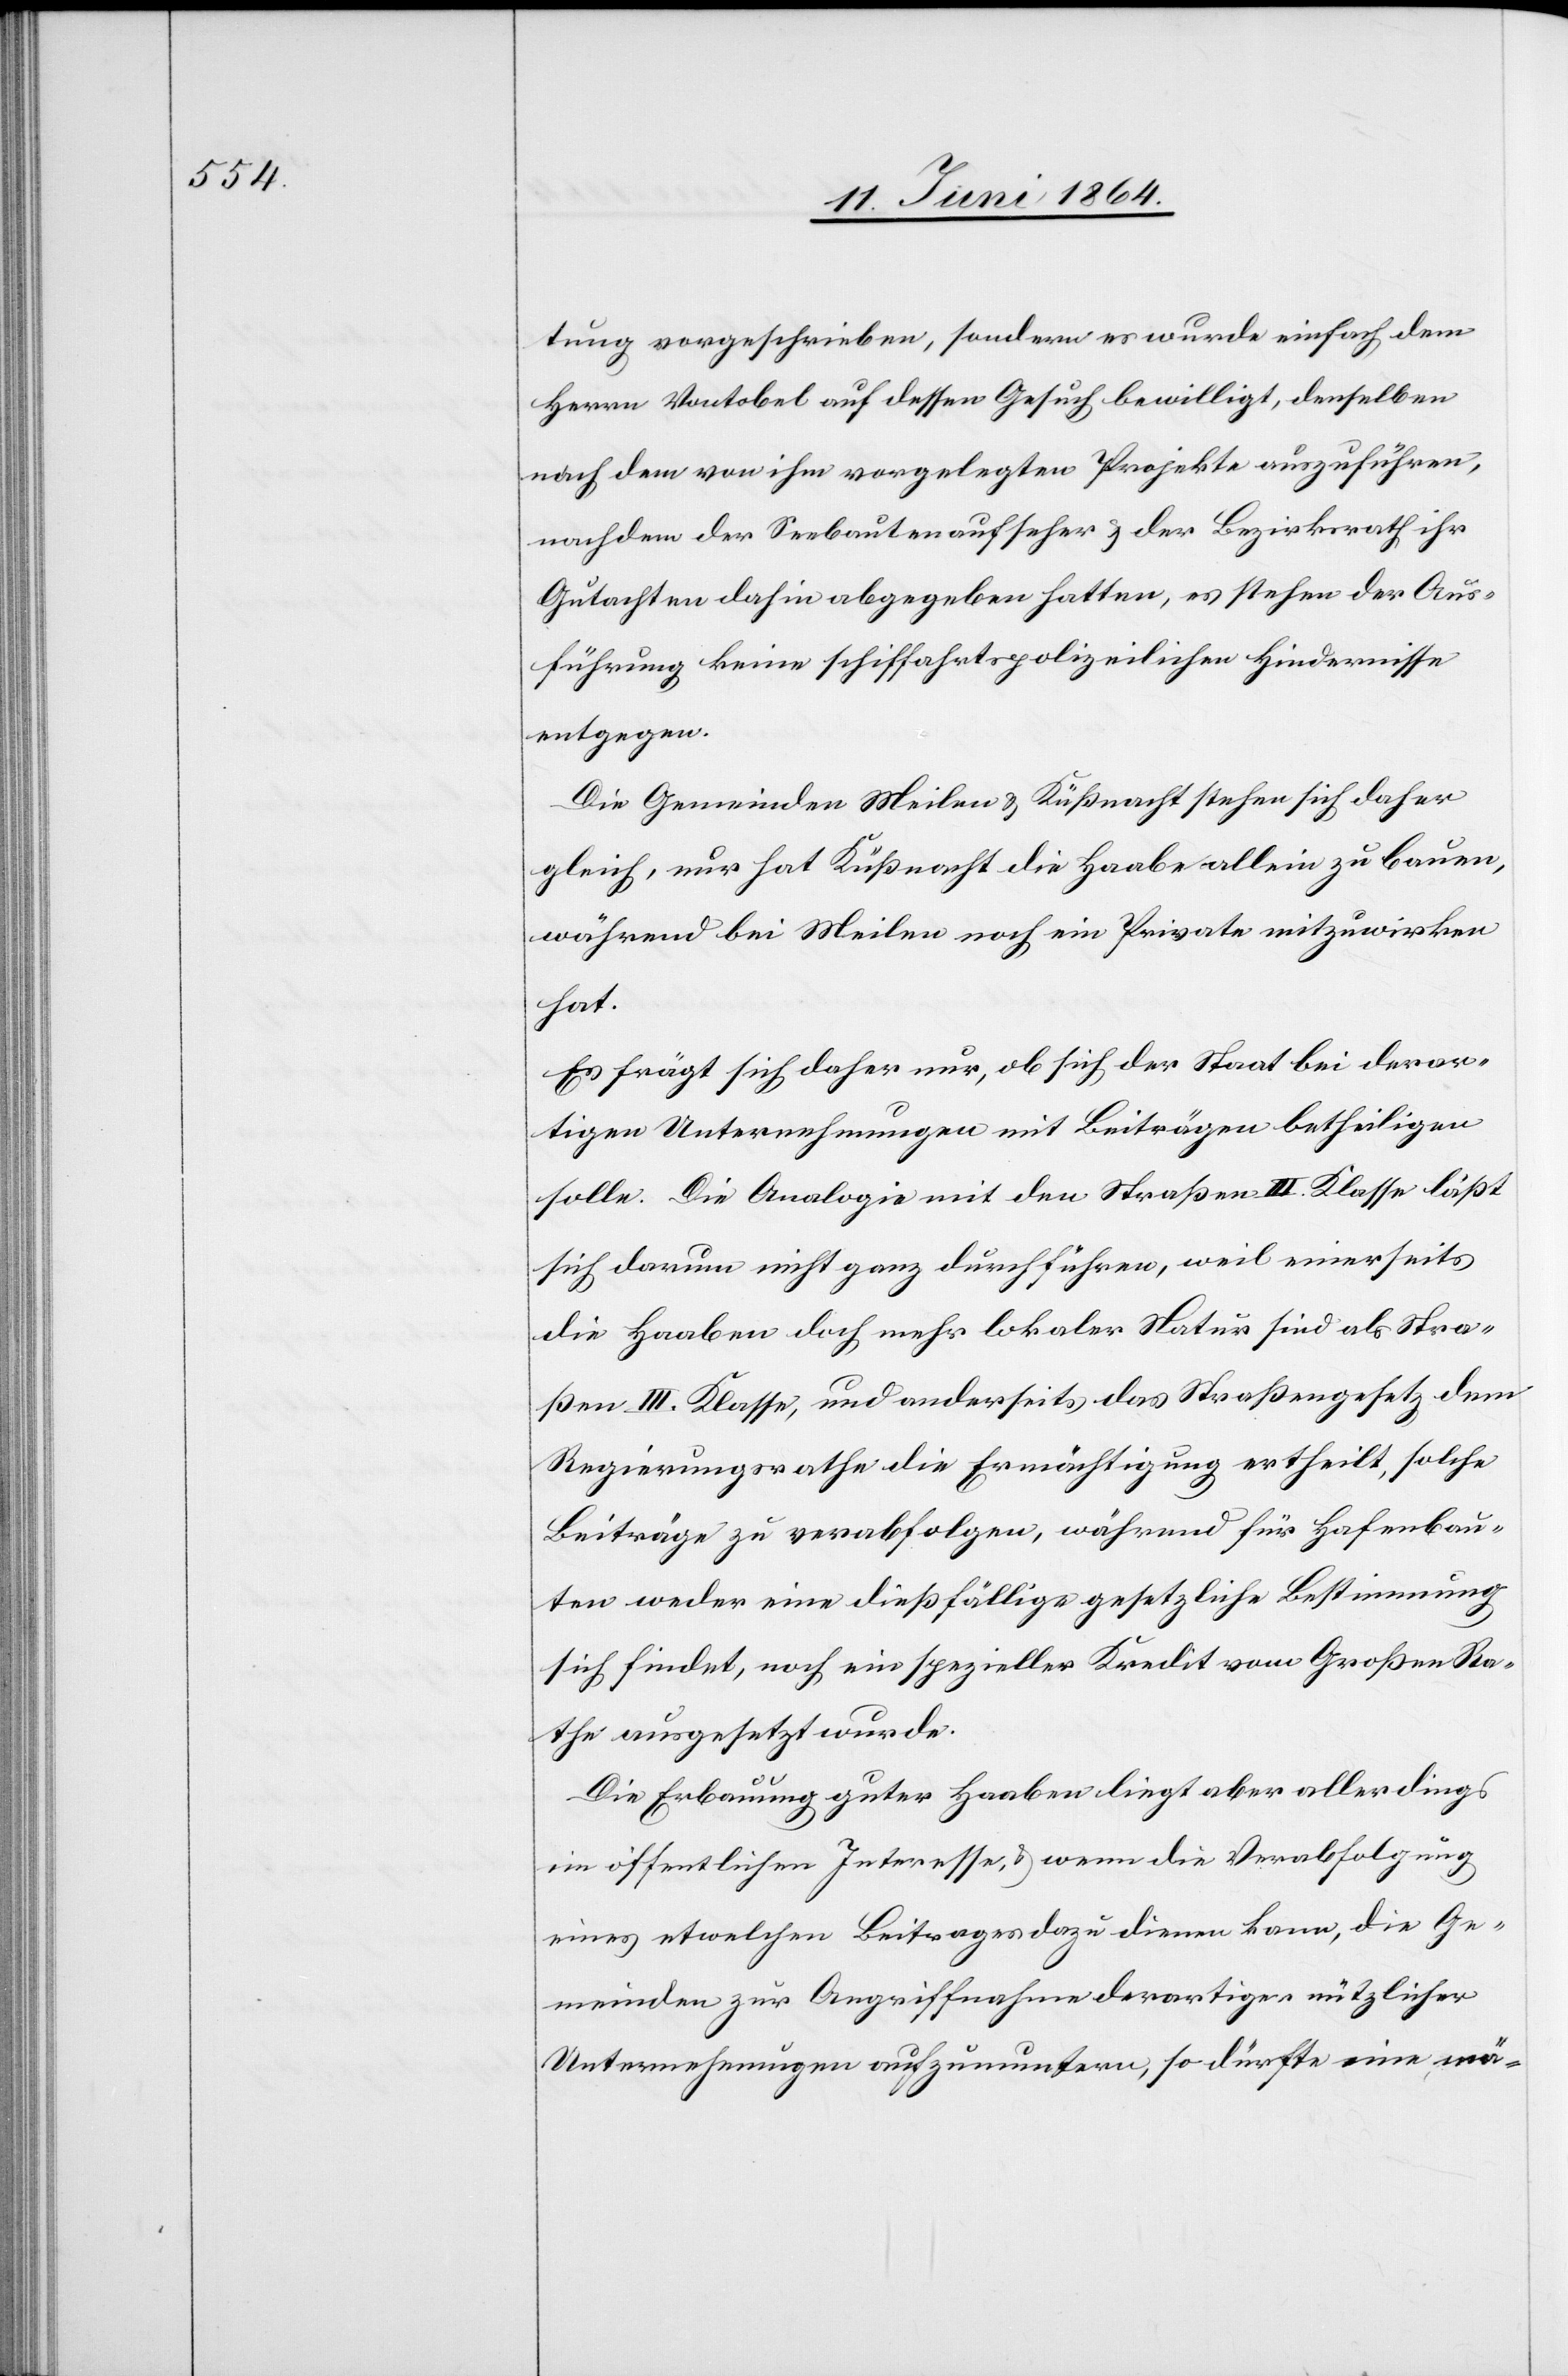
tung vorgeschrieben, sondern es wurde einfach dem
Herrn Vontobel auf dessen Gesuch bewilligt, denselben
nach dem von ihm vorgelegten Projekte auszuführen,
nachdem der Seebautenaufseher u. der Bezirksrath ihr
Gutachten dahin abgegeben hatten, es stehen der Aus¬
führung keine schiffahrtspolizeilichen Hindernisse
entgegen.
Die Gemeinden Meilen u. Küßnacht stehen sich daher
gleich, nur hat Küßnacht die Haabe allein zu bauen,
während bei Meilen noch ein Private [sic!] mitzuwirken
hat.
Es frägt sich daher nur, ob sich der Staat bei derar¬
tigen Unternehmungen mit Beiträgen betheiligen
solle. Die Analogie mit den Straßen III. Klasse laße
sich darum nicht ganz durchführen, weil einerseits
die Haaben doch mehr lokaler Natur sind als Stra¬
ßen III. Klasse, und anderseits das Straßengesetz dem
Regierungsrathe die Ermächtigung ertheilt, solche
Beiträge zu verabfolgen, während für Hafenbau¬
ten weder eine dießfällige gesetzliche Bestimmung
sich findet, noch ein spezieller Kredit vom Großen Ra¬
the ausgesetzt wurde.
Die Erbauung guter Haaben liegt aber allerdings
im öffentlichen Interesse, u. wenn die Verabfolgung
eines etwelchen Beitrages dazu dienen kann, die Ge¬
meinden zur Angriffnahme derartiger nützlicher
Unternehmungen aufzumuntern, so dürfte eine mä-